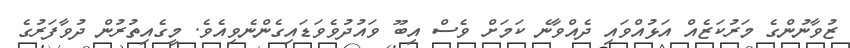
ޒުވާނުންގެ މަރުކަޒެއް އަޅުއްވައި ދެއްވާނެ ކަމަށް ވެސް އިބޫ ވައުދުވެވަޑައިގެންނެވިއެވެ. މީގެއިތުރުން ދުވާފަރުގެ